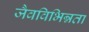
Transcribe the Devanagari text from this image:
जैवविभिन्नता